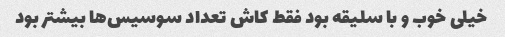
خیلی خوب و با سلیقه بود فقط کاش تعداد سوسیس‌ها بیشتر بود